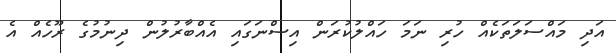
އަދި މައްސަލަތަކެއް ހުރި ނަމަ ހައްލުކުރަން އިސްނަގައި އެއްބާރުލުން ދިނުމުގެ ރޫހެއް އެ